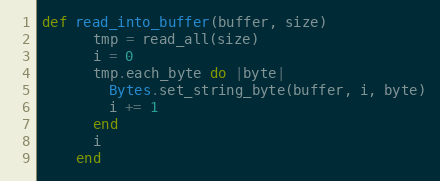
Language: Ruby
def read_into_buffer(buffer, size)
      tmp = read_all(size)
      i = 0
      tmp.each_byte do |byte|
        Bytes.set_string_byte(buffer, i, byte)
        i += 1
      end
      i
    end